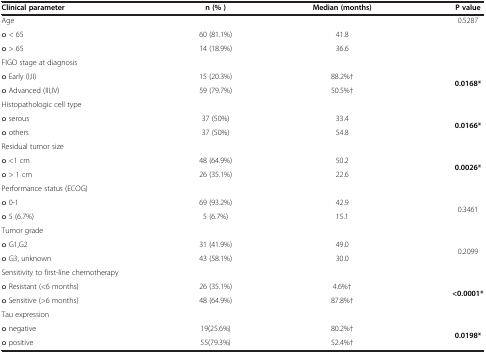
| Clinical parameter | n (% ) | Median (months) | P value |
 | --- | --- | --- | --- |
 | Age |  |  | 0.5287 |
 | o < 65 | 60 (81.1%) | 41.8 | <ROWSPAN=2>  |
 | o > 65 | 14 (18.9%) | 36.6 |
 | FIGO stage at diagnosis |  |  |  |
 | o Early (I,II) | 15 (20.3%) | 88.2%† | <ROWSPAN=2> 0.0168* |
 | o Advanced (III,IV) | 59 (79.7%) | 50.5%† |
 | Histopathologic cell type |  |  |  |
 | o serous | 37 (50%) | 33.4 | <ROWSPAN=2> 0.0166* |
 | o others | 37 (50%) | 54.8 |
 | Residual tumor size |  |  |  |
 | o <1 cm | 48 (64.9%) | 50.2 | <ROWSPAN=2> 0.0026* |
 | o > 1 cm | 26 (35.1%) | 22.6 |
 | Performance status (ECOG) |  |  |  |
 | o 0-1 | 69 (93.2%) | 42.9 | <ROWSPAN=2> 0.3461 |
 | o 5 (6.7%) | 5 (6.7%) | 15.1 |
 | Tumor grade |  |  |  |
 | o G1,G2 | 31 (41.9%) | 49.0 | <ROWSPAN=2> 0.2099 |
 | o G3, unknown | 43 (58.1%) | 30.0 |
 | Sensitivity to first-line chemotherapy |  |  |  |
 | o Resistant (<6 months) | 26 (35.1%) | 4.6%† | <ROWSPAN=2> <0.0001* |
 | o Sensitive (>6 months) | 48 (64.9%) | 87.8%† |
 | Tau expression |  |  |  |
 | o negative | 19(25.6%) | 80.2%† | <ROWSPAN=2> 0.0198* |
 | o positive | 55(79.3%) | 52.4%† |